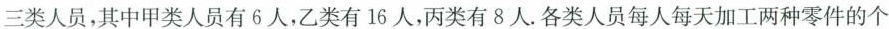
三类人员，其中甲类人员有6人，乙类有16人，丙类有8人。各类人员每人每天加工两种零件的个